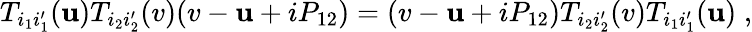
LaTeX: T_{i_{1}i_{1}^{\prime}}(\mathbf{u})T_{i_{2}i_{2}^{\prime}}(v)(v-\mathbf{u}+iP_{12})=(v-\mathbf{u}+iP_{12})T_{i_{2}i_{2}^{\prime}}(v)T_{i_{1}i_{1}^{\prime}}(\mathbf{u})\; ,